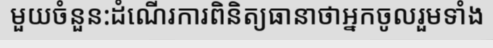
មួយចំនួន:ដំណើរការពិនិត្យធានាថាអ្នកចូលរួមទាំង